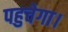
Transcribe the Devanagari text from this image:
पहुचेगा।